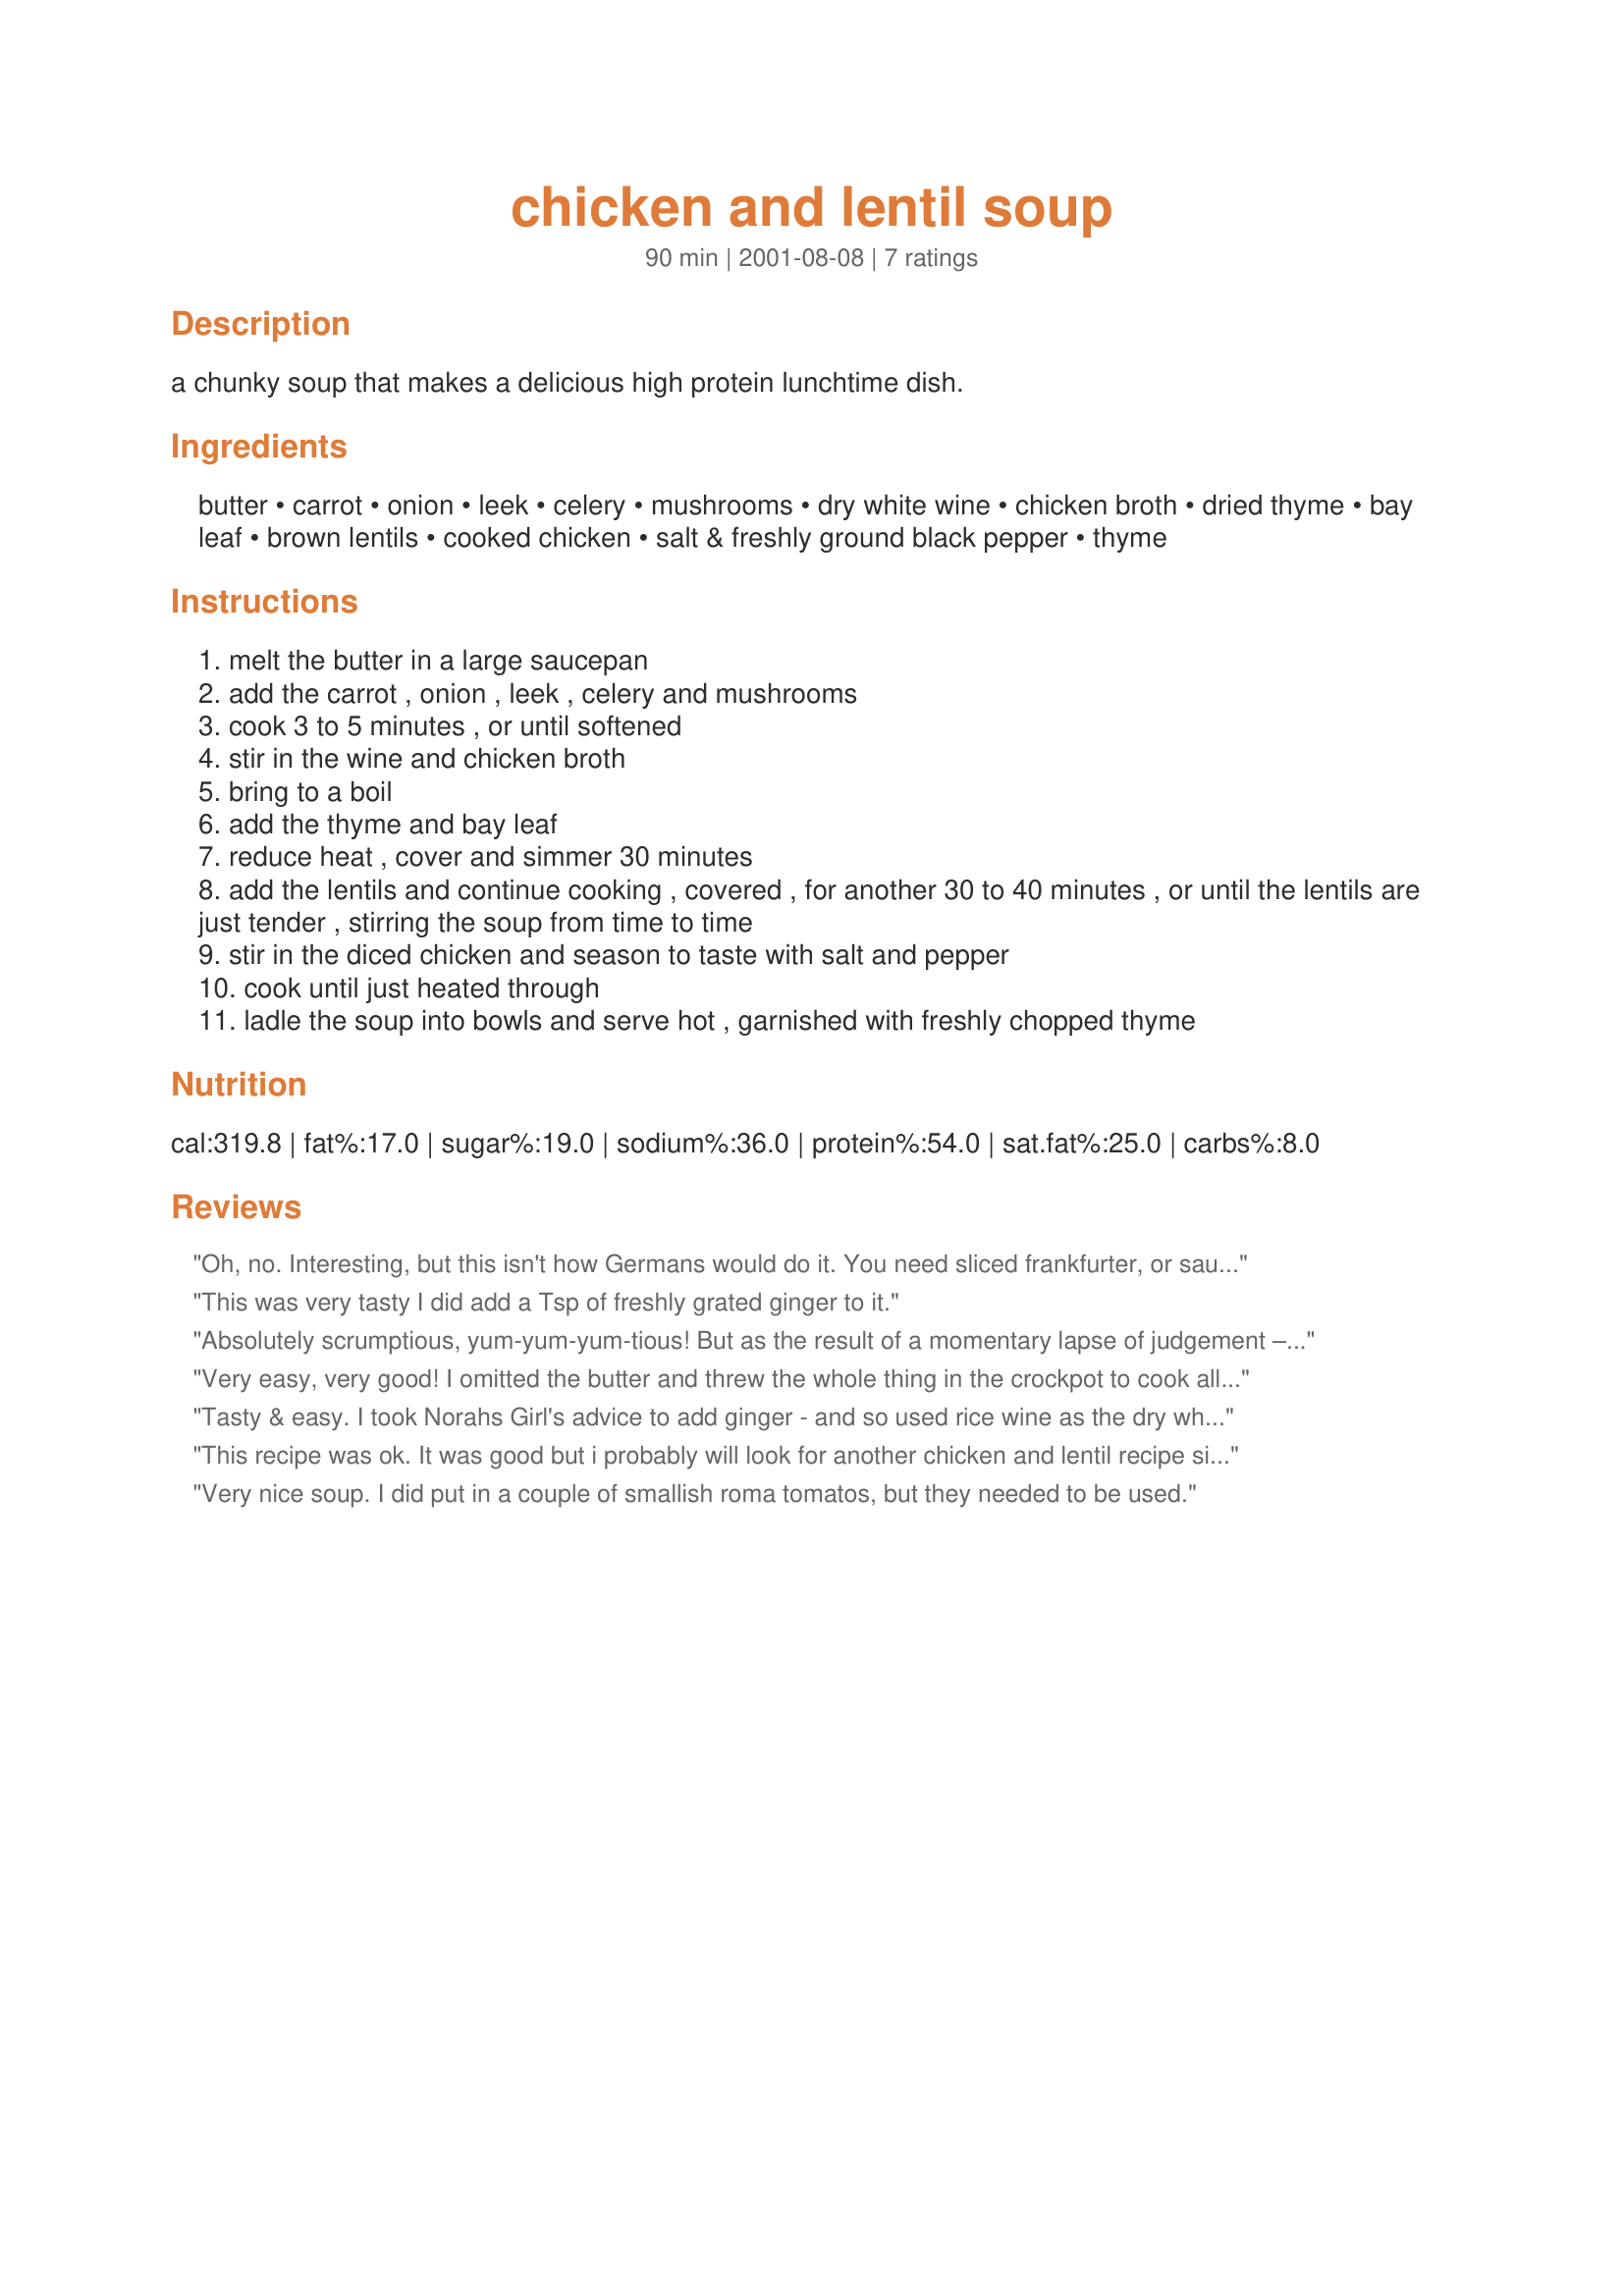
chicken and lentil soup
Preparation time: 90 minutes

a chunky soup that makes a delicious high protein lunchtime dish.

Ingredients:
butter, carrot, onion, leek, celery, mushrooms, dry white wine, chicken broth, dried thyme, bay leaf, brown lentils, cooked chicken, salt & freshly ground black pepper, thyme

Steps:
melt the butter in a large saucepan
add the carrot , onion , leek , celery and mushrooms
cook 3 to 5 minutes , or until softened
stir in the wine and chicken broth
bring to a boil
add the thyme and bay leaf
reduce heat , cover and simmer 30 minutes
add the lentils and continue cooking , covered , for another 30 to 40 minutes , or until the lentils are just tender , stirring the soup from time to time
stir in the diced chicken and season to taste with salt and pepper
cook until just heated through
ladle the soup into bowls and serve hot , garnished with freshly chopped thyme

Reviews:
Oh, no. Interesting, but this isn't how Germans would do it.
You need sliced frankfurter, or sausage, and carrot.
This was very tasty I did add a Tsp of freshly grated ginger to it.
Absolutely scrumptious, yum-yum-yum-tious! But as the result of a momentary lapse of judgement – the photographs are testimony to this – I ended up with ‘soup’ that could be eaten with a fork! Entirely my ‘fault’, but the soup/stew was just SO delicious! And the friends at work I shared it with all wanted the recipe. How did this happen? I feel much as Jack must have felt the morning after he’d thrown the magic beans out the window. Towards the end of the cooking time, the soup was looking a bit liquidy for my liking – I tend to prefer blended soups – so in a moment of foolishness, I threw in the rest of the packet of lentils. And I ended up with a ‘stew’ rather than a ‘soup’. This recipe really has multi-possibilities! If you want soup, add only the 1/2 cup of lentils specified; but if you fancy stew just chuck in a whole packet of lentils! I recently made Rita L’s Pork Pot Roast with Eggplant recipe #50610, in a crock-pot, and after many hours of cooking had to remove a HUGE quantity of liquid, which I used as the stock required in this recipe. The combination of flavours – a truly magical blend – was such that in future making Rita L’s recipe will always precede making Carla’s Chicken and Lentil Soup. Next time, however, I’ll go a lot easier on the lentils! Great vegetable stew, but I’d like to explore the recipe’s potential as a soup! I basically doubled the recipe, and also added some red peppers – they looked so irresistible when I was buying the ingredients. Thank you Carla, for a great recipe! I sincerely hope to make a soup from it next time! And there will be a next time.
Very easy, very good! I omitted the butter and threw the whole thing in the crockpot to cook all day. It's much like a "traditional" chicken soup recipe, but the lentils add extra nutrition and hardiness. Thank you!
Tasty & easy. I took Norahs Girl's advice to add ginger - and so used rice wine as the dry white wine. Since I am attempting to go low sodium, I also added some garlic to give it some more flavor. Served it with French bread rolls.
This recipe was ok. It was good but i probably will look for another chicken and lentil recipe since there was nothing really that special about it. Just like Vino Girl said it is like a "traditional" chicken soup recipe. I took the advice of others and added the garlic and ginger, and omitted the butter. Other than that i stuck to the recipe. I was not dissapointed though because it still tasted good, thank you Carla!
Very nice soup. I did put in a couple of smallish roma tomatos, but they needed to be used.
